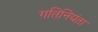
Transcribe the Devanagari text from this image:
गतिनियंता